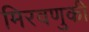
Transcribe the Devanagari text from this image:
मिरवणुकी